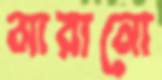
মারানো